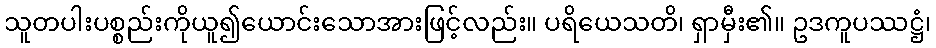
သူတပါးပစ္စည်းကိုယူ၍ယောင်းသောအားဖြင့်လည်း။ ပရိယေသတိ၊ ရှာမှီး၏။ ဥဒကူပဿဋ္ဌံ၊